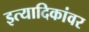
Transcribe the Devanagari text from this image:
इत्यादिकांवर